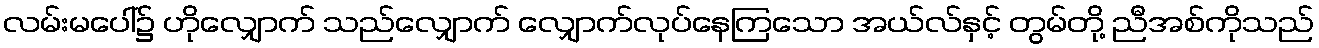
လမ်းမပေါ်၌ ဟိုလျှောက် သည်လျှောက် လျှောက်လုပ်နေကြသော အယ်လ်နှင့် တွမ်တို့ ညီအစ်ကိုသည်